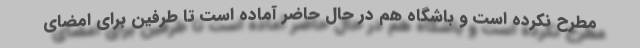
مطرح نکرده است و باشگاه هم در حال حاضر آماده است تا طرفین برای امضای